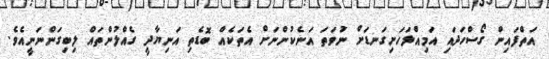
އަތްފައިން ގޯސްހަދައި އަމިއްލަހަށިގަނޑަށް ނުވަތަ އަނެކުންނަށް އެތަކެއް ބޮޑެތި އަނިޔާދީ ގެއްލުންތައް ލިބިގަންނަނީއެވެ.